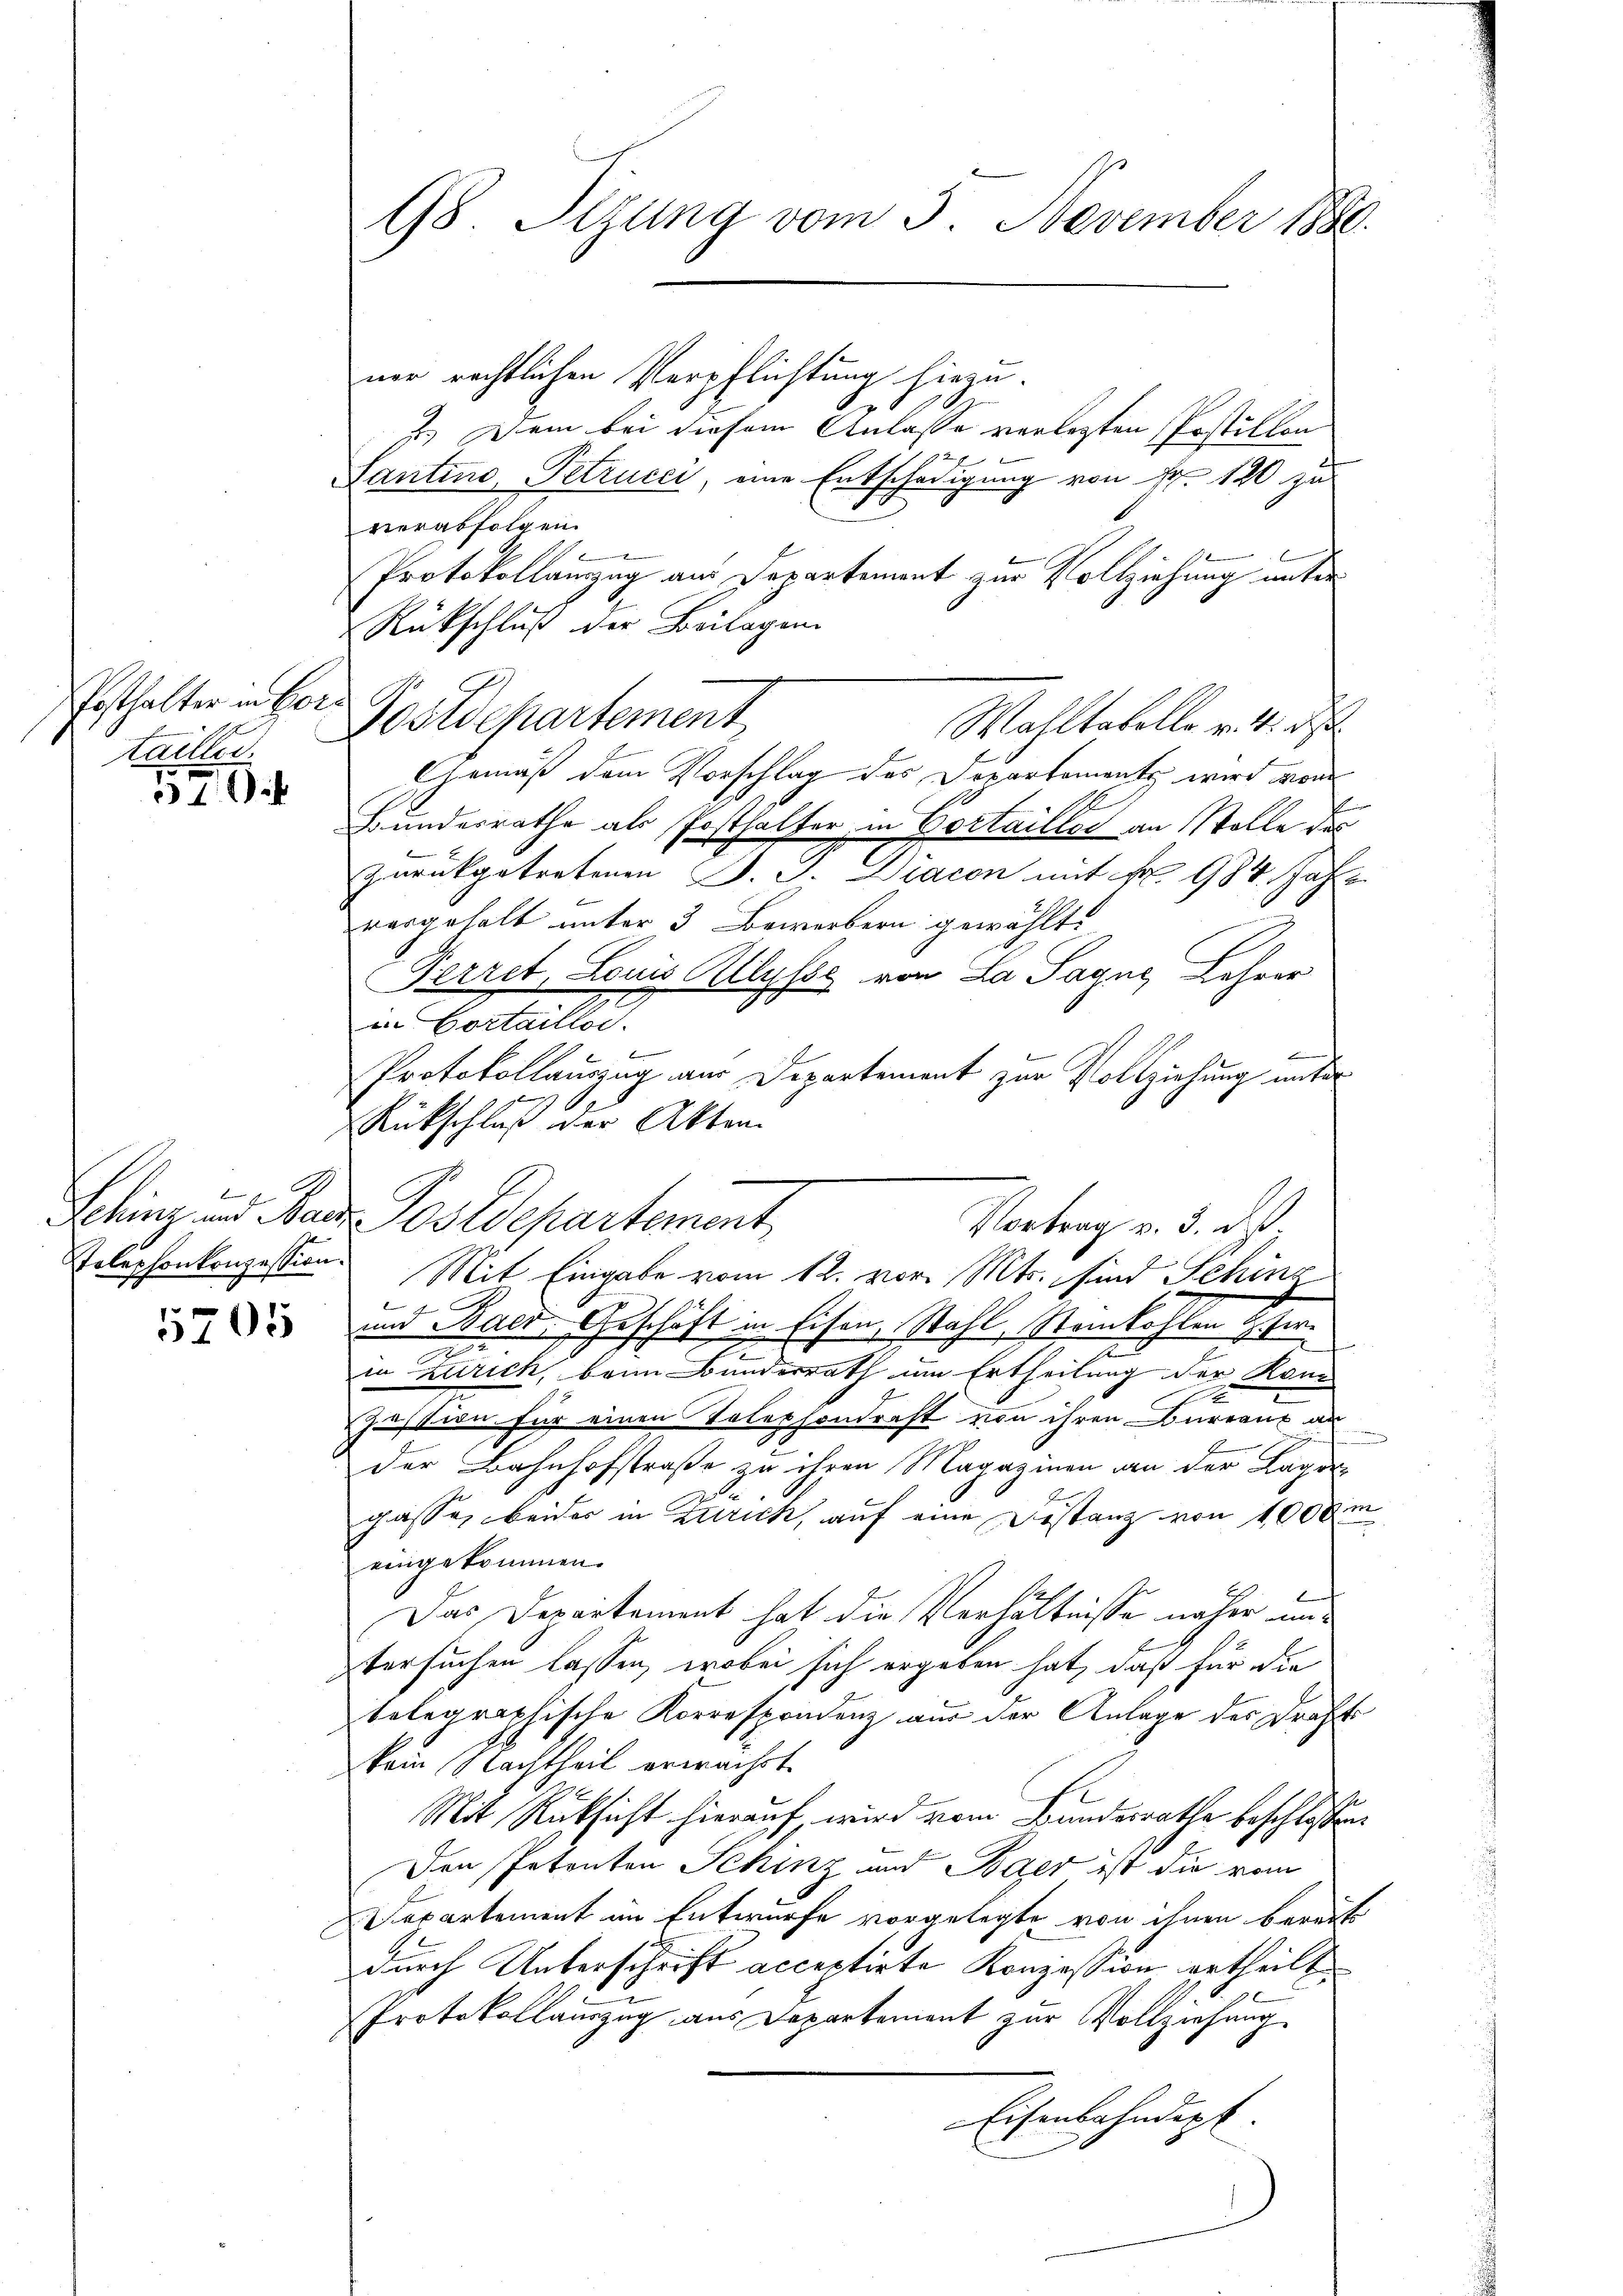
Posthalter in Ger
tailler.

37

G

5705

98. Sizung vom 3. November 1880.

ner rechtlichen Verpflichtung hiezu.
2.) Dem bei diesem Anlasse verletzten Postillon
12
Santino Petrucci, eine Entschädigung von Fr. 120 zu
verabfolgen.
1
Protokollanzug aus Departement zur Vollziehung unter
Rückschluß der Beilagen
Postdepartement
Wahltabello v. 4. d.
Chemäß dem Vorschlag des Departements wird von
s
Bundesrathe als Posthalter in Portaillos an Stolle des
zurückgetretenen J. J. Diacon mit Nr. 984. Jahr
F
vorgehalt unter 3 Bewerbern gewählt.
Ferret, Louis Allysse von La Sagus Lehrer
in Cortaillor.
Protokollauszug aus Departement zur Vollziehung unter
g
Rückschluß der Akten
Schinz und Baar Postdepartement
Telephonkonzession. Mit Eingabe vom 12. vor. Mts. sind Schinz
2
und Baer, Geschäft in Eisen, Stahl, Stankohlen Herin Zürich, beim Bunderrath um Ertheilung der Konz
Justion für einen Telephondrast von ihren Bureaux an
e
der Bahnhofstraße zu ihren Magazinen an der Lager
gasse, beider in Zürich, auf eine Distanz von 1000 m
eingekommen.
Das Departement hat die Verhältnisse näher untersuchen lassen, wobei sich ergeben hat, daß für die
telegraphische Korrespondenz aus der Anlage des Draht
kein Nachtheil erwachst.
Mit Rücksicht hierauf, wird vom Bundesrathe beschlossen
Den Petenten Schinz und Baer ist die vom
Departement im Entwurfe vorgelegte von ihnen bereits
durch Unterschrift acceptirte Konzession ertheilt.
Protokollauszug aus Departement zur Vollziehung
Eisenbahndept.

Vortrag v. 3. ds.